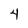
Character: 4